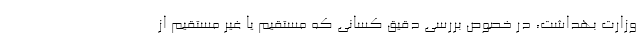
وزارت بهداشت، در خصوص بررسی دقیق کسانی که مستقیم یا غیر مستقیم از